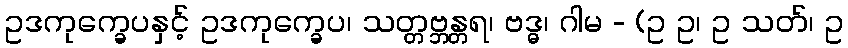
ဥဒကုက္ခေပနှင့် ဥဒကုက္ခေပ၊ သတ္တဗ္ဘန္တရ၊ ဗဒ္ဓ၊ ဂါမ - (ဥ ဥ၊ ဥ သတ်၊ ဥ